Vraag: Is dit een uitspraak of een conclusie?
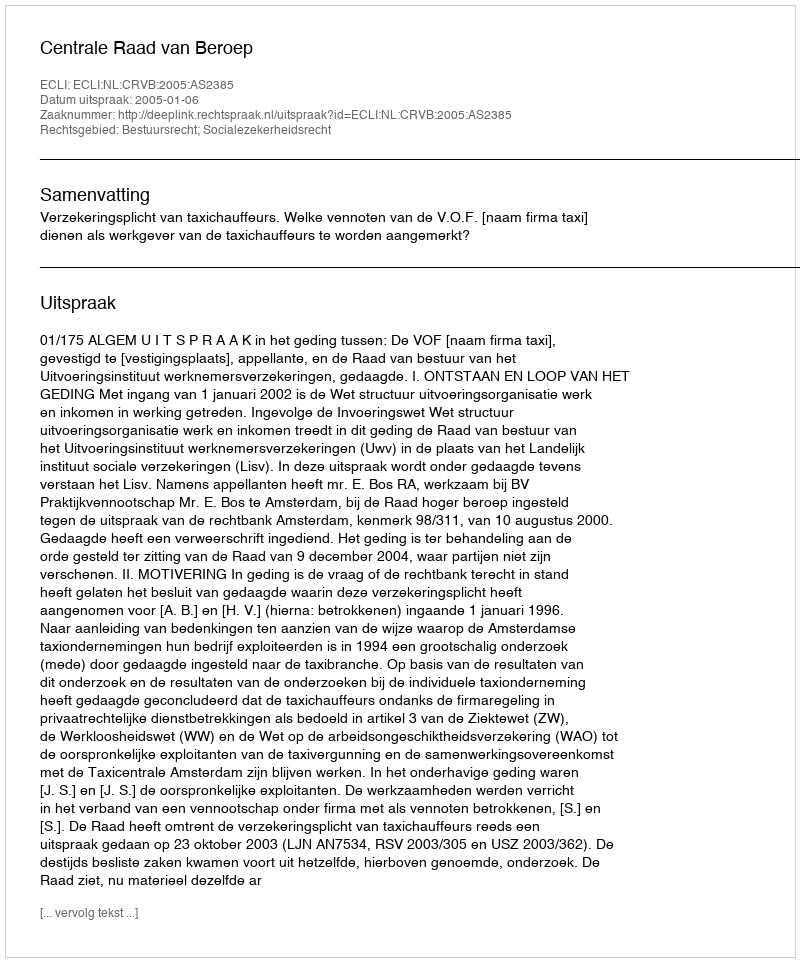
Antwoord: Uitspraak